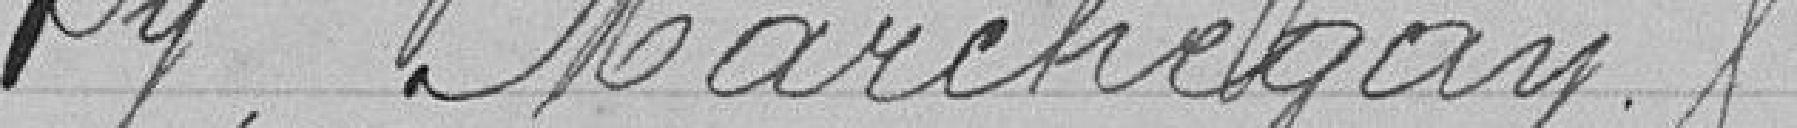
Py, Marchegay.